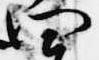
四